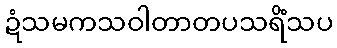
ဍံသမကသဝါတာတပသရိံသပ